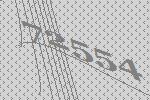
72554